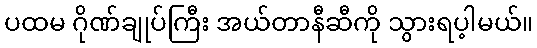
ပထမ ဂိုဏ်ချုပ်ကြီး အယ်တာနီဆီကို သွားရပ့ါမယ်။